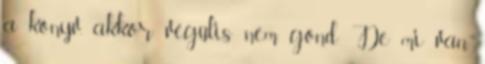
a könyv, akkor végülis nem gond. De mi van,